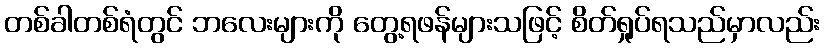
တစ်ခါတစ်ရံတွင် ဘလေးများကို တွေ့ရဖန်များသဖြင့် စိတ်ရှုပ်ရသည်မှာလည်း